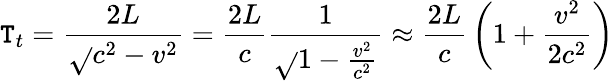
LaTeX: \mathtt{T}_{t}={\frac{{2L}}{{\sqrt{}{{c^{2}-v^{2}}}}}}={\frac{{2L}}{{c}}}{\frac{{1}}{{\sqrt{}{{1-{\frac{{v^{2}}}{{c^{2}}}}}}}}}\approx{\frac{{2L}}{{c}}}\left(1+{\frac{{v^{2}}}{{2c^{2}}}}\right)